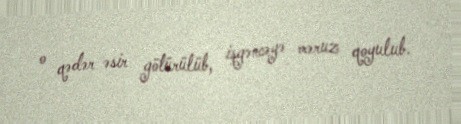
o qədər əsir götürülüb, işgəncəyə məruz qoyulub.